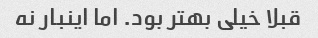
قبلا خیلی بهتر بود. اما اینبار نه